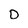
Character: D